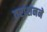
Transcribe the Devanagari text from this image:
तराशनने